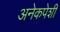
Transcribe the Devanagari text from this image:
अनेकपेशी